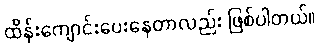
ထိန်းကျောင်းပေးနေတာလည်း ဖြစ်ပါတယ်။